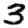
Digit: 3